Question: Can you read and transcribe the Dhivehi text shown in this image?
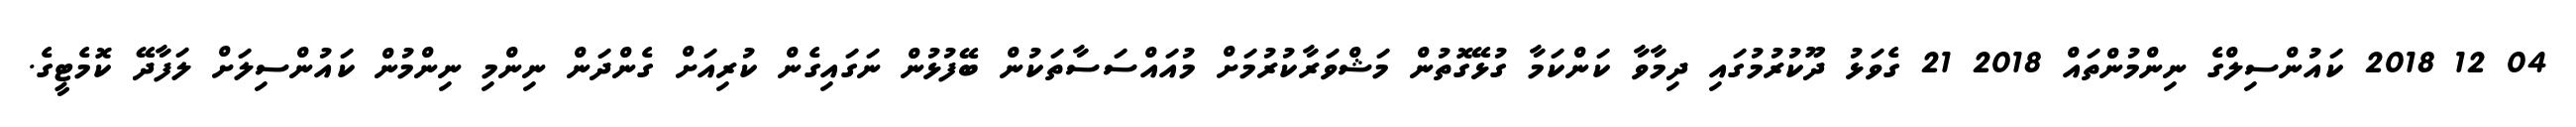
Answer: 04 12 2018 ކައުންސިލްގެ ނިންމުންތައް 2018 21 ގެވަޅު ދޫކުރުމުގައި ދިމާވާ ކަންކަމާ ގުޅޭގޮތުން މަޝްވަރާކުރުމަށް މުއައްސަސާތަކުން ބޭފުޅުން ނަގައިގެން ކުރިއަށް ގެންދަން ނިންމި ނިންމުން ކައުންސިލަށް ލަފާދޭ ކޮމެޓީގެ.